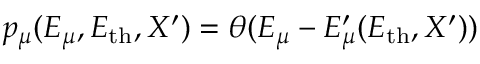
p _ { \mu } ( E _ { \mu } , E _ { \mathrm { t h } } , X ^ { \prime } ) = \theta ( E _ { \mu } - E _ { \mu } ^ { \prime } ( E _ { \mathrm { t h } } , X ^ { \prime } ) ) \,